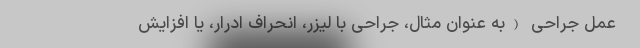
- عمل جراحی (به عنوان مثال، جراحی با لیزر، انحراف ادرار، یا افزایش